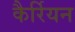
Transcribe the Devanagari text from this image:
कैर्रियन